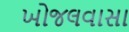
ખોજલવાસા